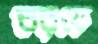
বরফে